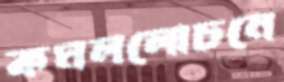
কমললোচনে